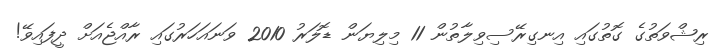
ރިޝްވަތުގެ ގޮތުގައި އިނގިރޭސިވިލާތުން 11 މިލިޔަން ޑޮލަރު 2010 ވަނައަހަރުގައި ރާއްޖެއަށް ދީފައިވޭ!